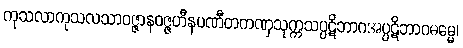
ကုသလာကုသလသာဝဇ္ဇာနဝဇ္ဇဟီနပဏီတကဏှသုက္ကသပ္ပဋိဘာဂအပ္ပဋိဘာဂဓမ္မေ၊